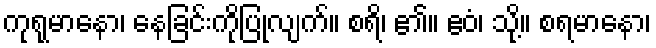
ကုရုမာနော၊ နေခြင်းကိုပြုလျက်။ စရိ၊ ၏။ ဧဝံ၊ သို့။ စရမာနော၊